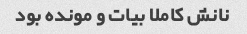
نانش کاملا بیات و مونده بود